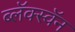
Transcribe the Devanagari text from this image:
ब्लॅक्स्वॅन